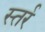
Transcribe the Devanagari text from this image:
स्तर्र